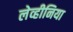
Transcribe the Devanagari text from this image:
लेव्हीनिया